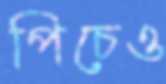
পিচেও